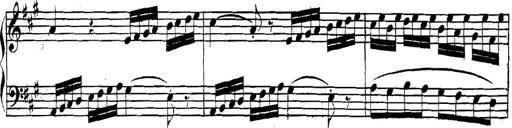
Title: Collected Piano Sonatas
Composer: Muzio Clementi